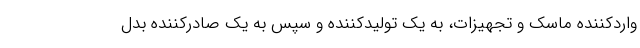
واردکننده ماسک و تجهیزات، به یک تولیدکننده و سپس به یک صادرکننده بدل